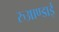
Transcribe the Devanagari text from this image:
रुआण्डाई